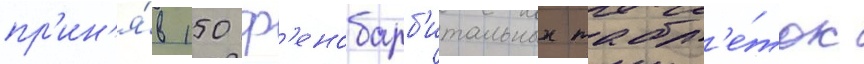
пр'ин'я́в 150 ф'енобарб'итальных табл'е́ток